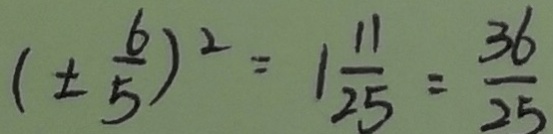
( \pm \frac { 6 } { 5 } ) ^ { 2 } = 1 \frac { 1 1 } { 2 5 } = \frac { 3 6 } { 2 5 }